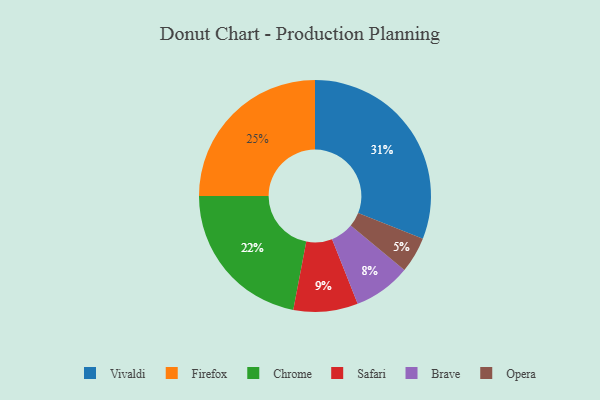
{"axis": {"x": "Category", "y": "Percentage"}, "legend": ["Brave", "Chrome", "Firefox", "Opera", "Safari", "Vivaldi"], "data": [{"x": "Brave", "y": 8, "type": "Brave"}, {"x": "Chrome", "y": 22, "type": "Chrome"}, {"x": "Vivaldi", "y": 31, "type": "Vivaldi"}, {"x": "Opera", "y": 5, "type": "Opera"}, {"x": "Firefox", "y": 25, "type": "Firefox"}, {"x": "Safari", "y": 9, "type": "Safari"}]}